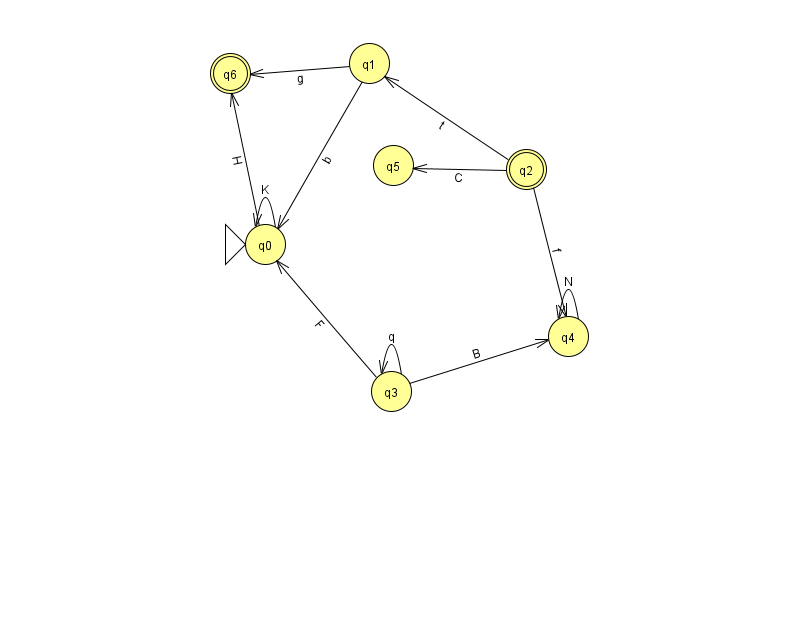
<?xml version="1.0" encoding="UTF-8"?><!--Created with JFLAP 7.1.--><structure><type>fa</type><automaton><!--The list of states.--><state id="0" name="q0"><x>265.0</x><y>231.0</y><initial/></state><state id="1" name="q1"><x>369.0</x><y>50.0</y></state><state id="2" name="q2"><x>526.0</x><y>156.0</y><final/></state><state id="3" name="q3"><x>391.0</x><y>378.0</y></state><state id="4" name="q4"><x>568.0</x><y>323.0</y></state><state id="5" name="q5"><x>393.0</x><y>152.0</y></state><state id="6" name="q6"><x>230.0</x><y>60.0</y><final/></state><!--The list of transitions.--><transition><from>0</from><to>6</to><read>H</read></transition><transition><from>1</from><to>6</to><read>g</read></transition><transition><from>3</from><to>3</to><read>q</read></transition><transition><from>2</from><to>5</to><read>C</read></transition><transition><from>3</from><to>0</to><read>F</read></transition><transition><from>2</from><to>1</to><read>t</read></transition><transition><from>0</from><to>0</to><read>K</read></transition><transition><from>2</from><to>4</to><read>f</read></transition><transition><from>1</from><to>0</to><read>b</read></transition><transition><from>3</from><to>4</to><read>B</read></transition><transition><from>4</from><to>4</to><read>N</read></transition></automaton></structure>